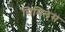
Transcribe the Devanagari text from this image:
सिमिलेस